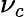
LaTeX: \nu_{c}